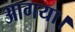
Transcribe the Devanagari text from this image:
आगया।